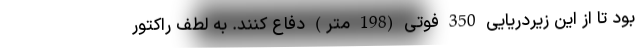
بود تا از این زیردریایی 350 فوتی (198 متر) دفاع کنند. به لطف راکتور